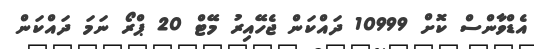
އެޑްވާންސް ކޮށް 10999 ދައްކަން ޖެހޭއިރު މޭޓް 20 ޕްރޯ ނަމަ ދައްކަން